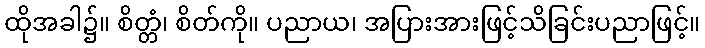
ထိုအခါ၌။ စိတ္တံ၊ စိတ်ကို။ ပညာယ၊ အပြားအားဖြင့်သိခြင်းပညာဖြင့်။